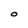
Character: O